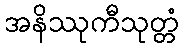
အနိဿုကီသုတ္တံ